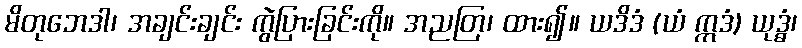
မိတုဘေဒါ၊ အချင်းချင်း ကွဲပြားခြင်းကို။ အညတြ၊ ထား၍။ ယဒိဒံ (ယံ ဣဒံ) ယုဒ္ဓံ၊